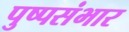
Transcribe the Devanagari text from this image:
पुष्पसंभार